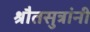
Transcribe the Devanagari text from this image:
श्रौतसुत्रांनी